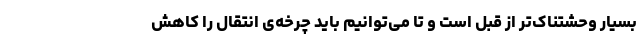
بسیار وحشتناک‌تر از قبل است و تا می‌توانیم باید چرخه‌ی انتقال را کاهش